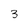
Character: 3